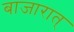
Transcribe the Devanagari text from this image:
बाजारात्‌